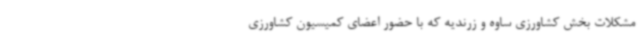
مشکلات بخش کشاورزی ساوه و زرندیه که با حضور اعضای کمیسیون کشاورزی